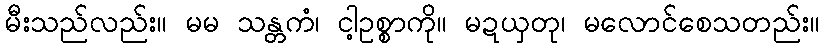
မီးသည်လည်း။ မမ သန္တကံ၊ ငါ့ဥစ္စာကို။ မဍယှတု၊ မလောင်စေသတည်း။